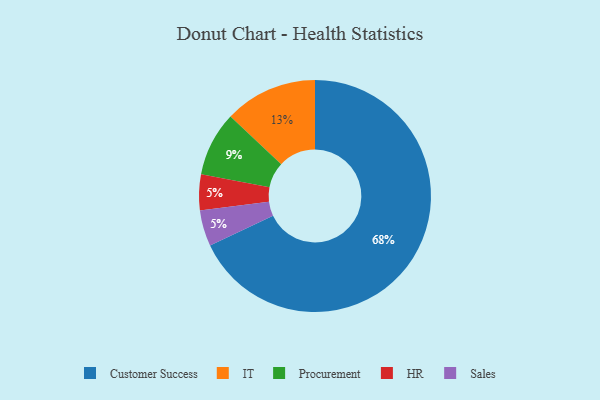
{"axis": {"x": "Category", "y": "Percentage"}, "legend": ["Customer Success", "HR", "IT", "Procurement", "Sales"], "data": [{"x": "IT", "y": 13, "type": "IT"}, {"x": "Procurement", "y": 9, "type": "Procurement"}, {"x": "HR", "y": 5, "type": "HR"}, {"x": "Sales", "y": 5, "type": "Sales"}, {"x": "Customer Success", "y": 68, "type": "Customer Success"}]}